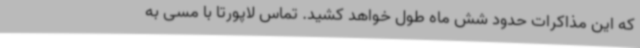
که این مذاکرات حدود شش ماه طول خواهد کشید. تماس لاپورتا با مسی به